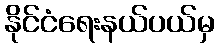
နိုင်ငံရေးနယ်ပယ်မှ